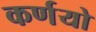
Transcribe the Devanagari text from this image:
कर्णयो